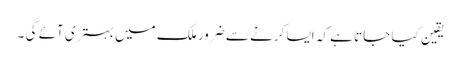
یقین کیا جاتا ہے کہ ایسا کرنے سے ضرور ملک میں بہتری آئے گی ۔